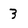
Character: 3